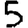
Digit: 5